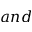
a n d